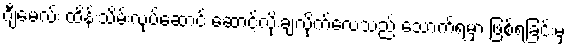
ဂျီမေလ်း ထိန်းသိမ်းလုပ်ဆောင် ဆောင့်လိုးချလိုက်လေသည် သောက်ရမှာ ဖြစ်ရခြင်းမှ